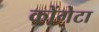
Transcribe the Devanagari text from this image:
कोंगेटा